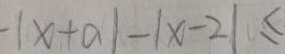
- \vert x + a \vert - \vert x - 2 \vert \leq